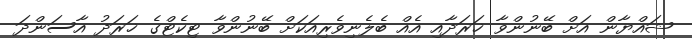
ޝައްޔާން އަށް ބޭނުންވާ ޚަރަދާއި އެއް ބެލެނިވެރިއަކަށް ބޭނުންވާ ޓިކެޓްގެ ޚަރަދު އާސަންދަ